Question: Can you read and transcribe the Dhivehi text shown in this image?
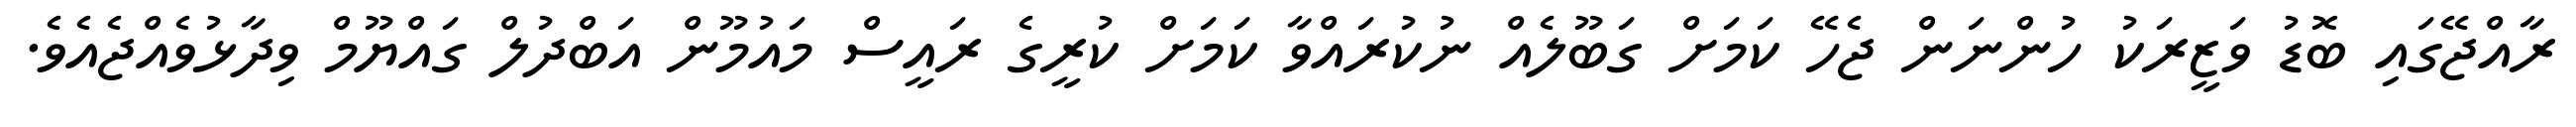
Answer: ރާއްޖޭގައި ބޮޑު ވަޒީރަކު ހުންނަން ޖެހޭ ކަމަށް ގަބޫލެއް ނުކުރައްވާ ކަމަށް ކުރީގެ ރައީސް މައުމޫން އަބްދުލް ގައްޔޫމް ވިދާޅުވެއްޖެއެވެ.